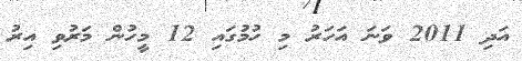
އަދި 2011 ވަނަ އަހަރު މި ހުމުގައި 12 މީހުން މަރުވި އިރު